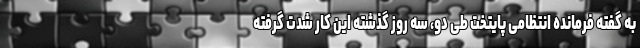
به گفته فرمانده انتظامی پایتخت طی دو، سه روز گذشته این کار شدت گرفته